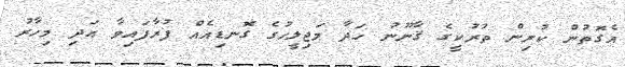
އެގޮތުން ކުރިން ތުރުކީގެ ޤާނޫނު ހަދާ މަޖިލީހުގެ ގޮނޑިއެއް ފުރާފައިވާ އަދި މިހާރު